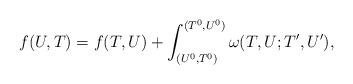
LaTeX: \begin{align*}f(U,T)=f(T,U)+\int_{(U^0,T^0)}^{(T^0,U^0)}\omega(T,U;T',U'),\end{align*}